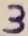
Text: 3